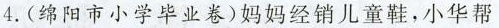
4.（绵阳市小学毕业卷）妈妈经销儿童鞋，小华帮